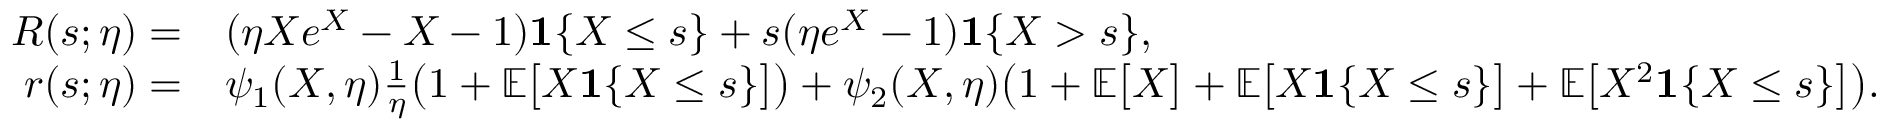
\begin{array} { r l } { R ( s ; \eta ) = } & { ( \eta X e ^ { X } - X - 1 ) \mathbf { 1 } \{ X \leq s \} + s ( \eta e ^ { X } - 1 ) \mathbf { 1 } \{ X > s \} , } \\ { r ( s ; \eta ) = } & { \psi _ { 1 } ( X , \eta ) \frac { 1 } { \eta } \big ( 1 + \mathbb { E } \big [ X \mathbf { 1 } \{ X \leq s \} \big ] \big ) + \psi _ { 2 } ( X , \eta ) \big ( 1 + \mathbb { E } \big [ X \big ] + \mathbb { E } \big [ X \mathbf { 1 } \{ X \leq s \} \big ] + \mathbb { E } \big [ X ^ { 2 } \mathbf { 1 } \{ X \leq s \} \big ] \big ) . } \end{array}